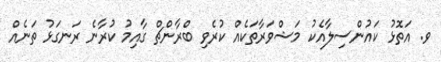
ވ. އަތޮޅު ކައުންސިލާއެކު މަޝްވަރާތަކެއް ކުރެވި ބްރާންޗް ގާއިމު ކުރާނެ ރަނގަޅު ތަނެއް